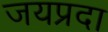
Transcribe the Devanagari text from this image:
जयप्रदा